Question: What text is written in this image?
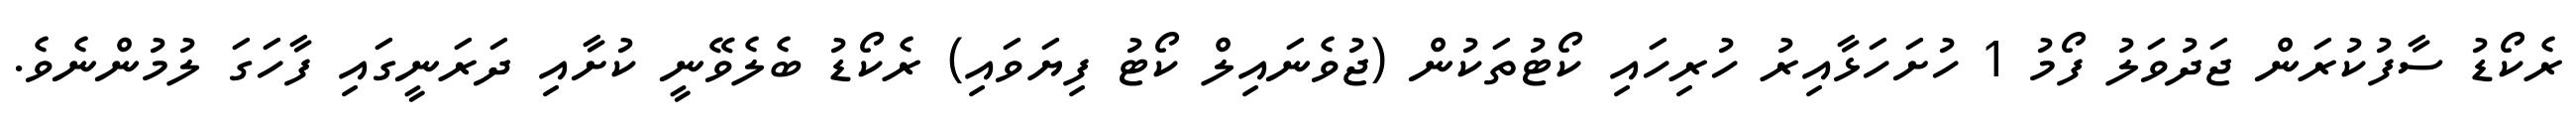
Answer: ރެކޯޑު ސާފުކުރަން ޖަދުވަލު ފޯމު 1 ހުށަހަޅާއިރު ހުރިހައި ކޯޓުތަކުން (ޖުވެނައިލް ކޯޓު ފިޔަވައި) ރެކޯޑު ބެލެވޭނީ ކުށާއި ދަރަނީގައި ފާހަގަ ލުމުންނެވެ.